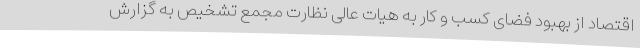
اقتصاد از بهبود فضای کسب و کار به هیات عالی نظارت مجمع تشخیص به گزارش